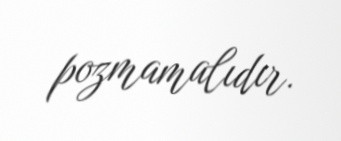
pozmamalıdır.